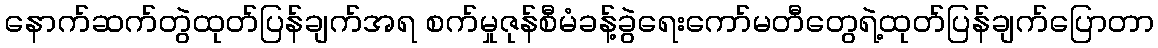
နောက်ဆက်တွဲထုတ်ပြန်ချက်အရ စက်မှုဇုန်စီမံခန့်ခွဲရေးကော်မတီတွေရဲ့ထုတ်ပြန်ချက်ပြောတာ